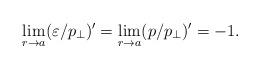
LaTeX: \begin{align*}\lim_{r\to a}(\varepsilon /p_\perp )'=\lim_{r\to a}(p /p_\perp )'=-1.\end{align*}